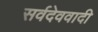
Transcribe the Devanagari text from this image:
सर्वदेववादी